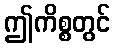
ဤကိစ္စတွင်